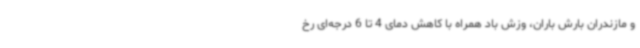
و مازندران بارش باران، وزش باد همراه با کاهش دمای 4 تا 6 درجه‌ای رخ